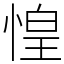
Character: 惶